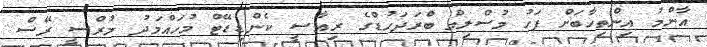
އާންމު އިންތިހާބަށް ފަހު މުސްލިމް ބްރަދަހުޑްގެ ރިއާސީ ކެންޑިޑޭޓް މުހައްމަދު މުރްސީ ރޭސް